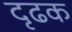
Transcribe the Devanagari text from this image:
दृढक